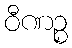
ဝီဏဉ္စ